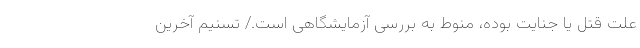
علت قتل یا جنایت بوده، منوط به بررسی آزمایشگاهی است./ تسنیم آخرین